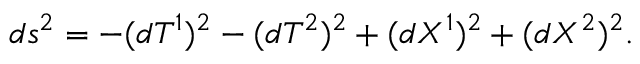
d s ^ { 2 } = - ( d T ^ { 1 } ) ^ { 2 } - ( d T ^ { 2 } ) ^ { 2 } + ( d X ^ { 1 } ) ^ { 2 } + ( d X ^ { 2 } ) ^ { 2 } .